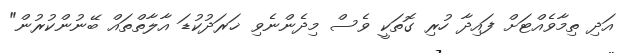
އަދި ތިމާވެއްޓަށް ފައިދާ ހުރި ގޮތަކީ ވެސް މިދެންނެވި ޚަރަދުކުޑަ އާލާތްތައް ބޭނުންކުރުން"